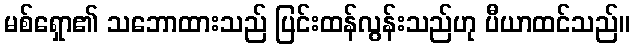
မစ်ရှော၏ သဘောထားသည် ပြင်းထန်လွန်းသည်ဟု ပီယာထင်သည်။